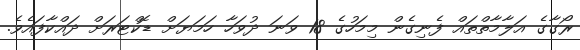
ރޯގާގެ އަލާމާތްތައް ފެނިގެން މިމަހުގެ 18 ވަނަ ދުވަހާ ހަމަޔަށް ޑޮކްޓަރަށް ދައްކާފައެވެ.